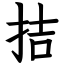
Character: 拮